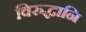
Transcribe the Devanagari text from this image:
विरुद्धानि